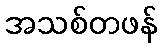
အသစ်တဖန်